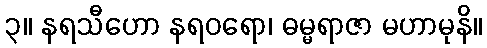
၃။ နရသီဟော နရဝရော၊ ဓမ္မရာဇာ မဟာမုနိ။